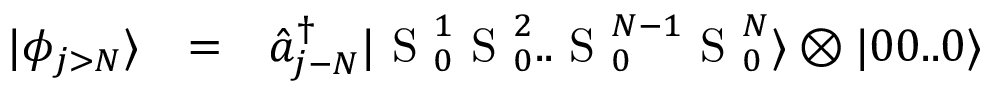
\begin{array} { c c l } { | \phi _ { j > N } \rangle } & { = } & { \hat { a } _ { j - N } ^ { \dagger } | \mathrm { ~ S ~ } _ { 0 } ^ { 1 } \mathrm { ~ S ~ } _ { 0 } ^ { 2 } . . \mathrm { ~ S ~ } _ { 0 } ^ { N - 1 } \mathrm { ~ S ~ } _ { 0 } ^ { N } \rangle \otimes | 0 0 . . 0 \rangle } \end{array}